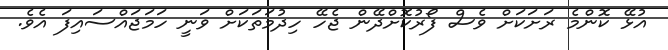
އުޅޭ ކޮންމެ ރަށަކަށް ވެސް ފޯރުކޮށްދޭން ޖެހޭ ހިދުމަތަކަށް ވަނީ ހަމަޖައްސައިފަ އެވެ.